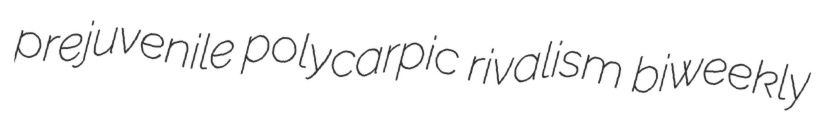
prejuvenile polycarpic rivalism biweekly